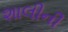
શાલીની